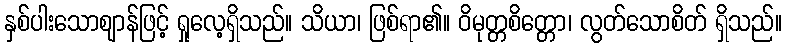
နှစ်ပါးသောဈာန်ဖြင့် ရှုလေ့ရှိသည်။ သိယာ၊ ဖြစ်ရာ၏။ ဝိမုတ္တစိတ္တော၊ လွတ်သောစိတ် ရှိသည်။